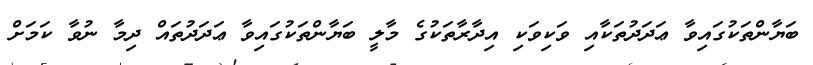
ބަޔާންތަކުގައިވާ ޢަދަދުތަކާއި ވަކިވަކި އިދާރާތަކުގެ މާލީ ބަޔާންތަކުގައިވާ ޢަދަދުތައް ދިމާ ނުވާ ކަމަށް